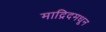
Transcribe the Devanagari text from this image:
माद्रिदमधून